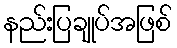
နည်းပြချုပ်အဖြစ်